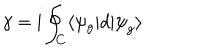
LaTeX: \gamma = \mathrm { i } \oint _ { C } \langle \psi _ { g } | d | { \psi } _ { g } \rangle